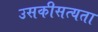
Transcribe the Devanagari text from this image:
उसकीसत्यता